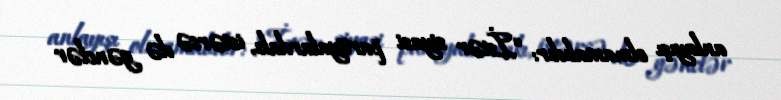
anlayışı olmamalıdır: “İstər siyasi partiyalardakı, istərsə də gənclər